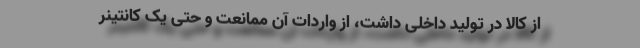
از کالا در تولید داخلی داشت، از واردات آن ممانعت و حتی یک کانتینر